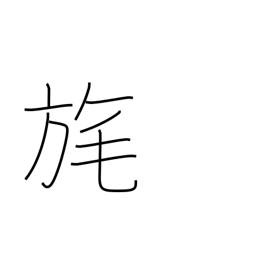
Meaning: tassel on a flag